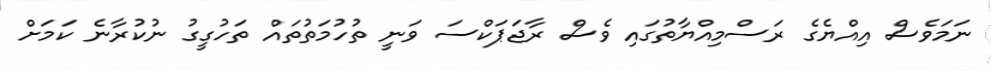
ނަމަވެސް އިއްޔެގެ ރަސްމިއްޔާތުގައި ވެސް ރާޖަޕަކްސަ ވަނީ ތުހުމަތުތައް ތަހުގީގު ނުކުރާނެ ކަމަށް